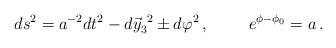
LaTeX: \begin{align*}ds^{2} = a^{-2}dt^{2} -d\vec{y}^{\ 2}_{3} \pm d\varphi^{2}\, ,\hspace{1cm}e^{\phi-\phi_{0}} = a\, .\end{align*}